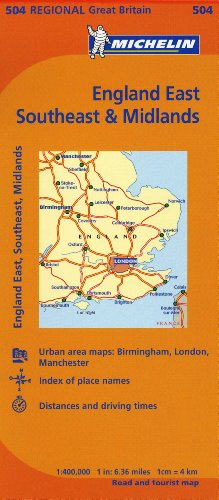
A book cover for Michelin Map Great Britain: England, Southeast, Midlands & East Anglia Map 504 (Maps/Regional (Michelin)); Michelin Travel & Lifestyle; Travel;